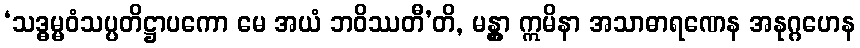
‘သဒ္ဓမ္မဝံသပ္ပတိဋ္ဌာပကော မေ အယံ ဘဝိဿတီ’တိ, မန္တွာ ဣမိနာ အသာဓာရဏေန အနုဂ္ဂဟေန